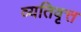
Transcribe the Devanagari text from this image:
व्यतिवृत्त